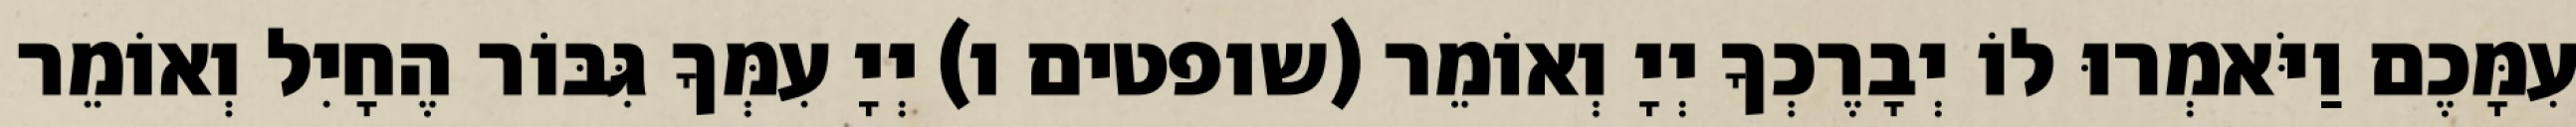
עִמָּכֶם וַיֹּאמְרוּ לוֹ יְבָרֶכְךָ יְיָ וְאוֹמֵר (שופטים ו) יְיָ עִמְּךָ גִּבּוֹר הֶחָיִל וְאוֹמֵר